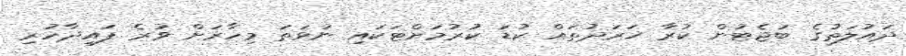
ދައުލަތުގެ ބަޖެޓުން ކުރާ ޚަރަދުތައް ކުޑަ ކުރުމަށްޓަކައި ނުވަތަ މިހާރަށް ވުރެ ފައިދާހުރި